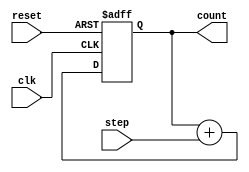
module counter (input clk, input reset, 
                input [31:0] step, output reg [31:0] count);


always @ (posedge clk, posedge reset) begin

	if (reset)
		count <= 0;
	else
		count <= count + step;
end

endmodule